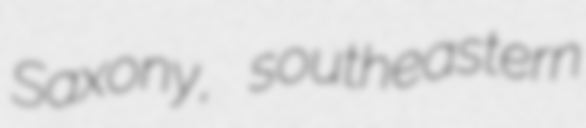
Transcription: Saxony, southeastern